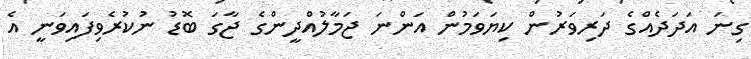
ގިނަ އަދަދެއްގެ ދަރިވަރުން ކިޔަވަމުން އަންނަ ޖަމާލުއްދީންގެ ޖާގަ ބޮޑު ނުކުރެވިފައިވަނީ އެ